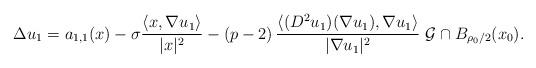
LaTeX: \begin{align*} \Delta u_1=a_{1,1}(x) -\sigma\frac{\langle x,\nabla u_1\rangle}{|x|^2}-\left(p-2\right) \frac{\langle (D^2 u_1)(\nabla u_1),\nabla u_1\rangle}{|\nabla u_1|^2}\ \mathcal G\cap B_{\rho_0/2}(x_0).\end{align*}